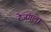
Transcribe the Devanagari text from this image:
रेजंगला